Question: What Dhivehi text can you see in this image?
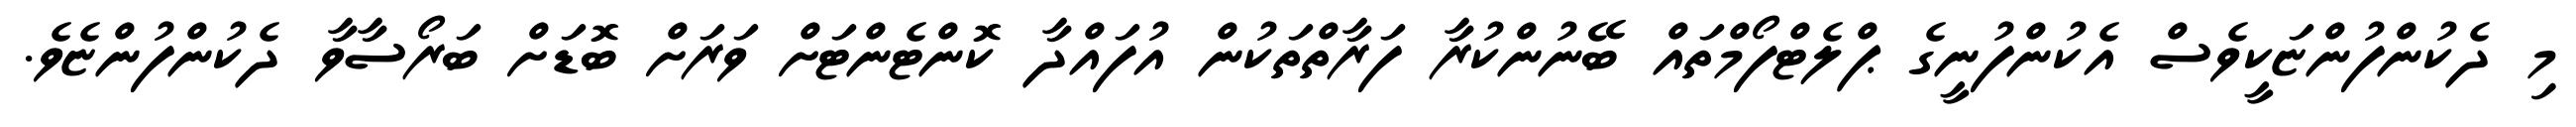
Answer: މި ދެކުންފުންޏަކީވެސް އެކުންފުނީގެ ޕްލެޓްފޯމްތައް ބޭނުންކުރާ ފަރާތްތަކުން އުފައްދާ ކޮންޓެންޓަށް ވަރަށް ބޮޑަށް ބަރޯސާވާ ދެކުންފުންޏެވެ.